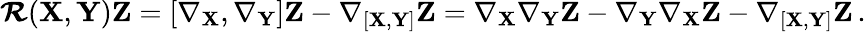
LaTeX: \boldsymbol{\mathcal{R}}(\mathbf{X},\mathbf{Y})\mathbf{Z}=[\nabla_{\mathbf{X}},\nabla_{\mathbf{Y}}]\mathbf{Z}-\nabla_{[\mathbf{X},\mathbf{Y}]}\mathbf{Z}=\nabla_{\mathbf{X}}\nabla_{\mathbf{Y}}\mathbf{Z}-\nabla_{\mathbf{Y}}\nabla_{\mathbf{X}}\mathbf{Z}-\nabla_{[\mathbf{X},\mathbf{Y}]}\mathbf{Z}\, .